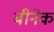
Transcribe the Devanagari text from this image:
बीनेक